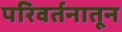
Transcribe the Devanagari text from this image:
परिवर्तनातून